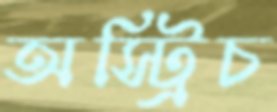
অস্ট্রিচ